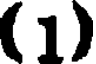
(1)